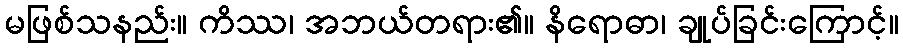
မဖြစ်သနည်း။ ကိဿ၊ အဘယ်တရား၏။ နိရောဓာ၊ ချုပ်ခြင်းကြောင့်။